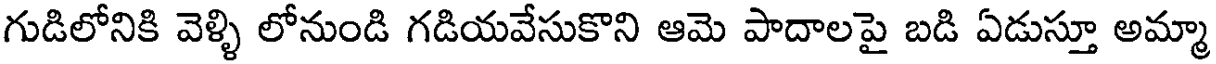
గుడిలోనికి వెళ్ళి లోనుండి గడియవేసుకొని ఆమె పాదాలపై బడి ఏడుస్తూ అమ్మా